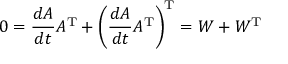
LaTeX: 0 = { \frac { d A } { d t } } A ^ { \mathrm { T } } + \left( { \frac { d A } { d t } } A ^ { \mathrm { T } } \right) ^ { \mathrm { T } } = W + W ^ { \mathrm { T } }